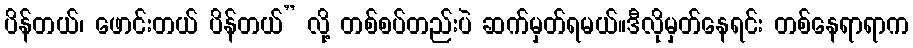
ပိန်တယ်၊ ဖောင်းတယ် ပိန်တယ်” လို့ တစ်စပ်တည်းပဲ ဆက်မှတ်ရမယ်။ဒီလိုမှတ်နေရင်း တစ်နေရာရာက